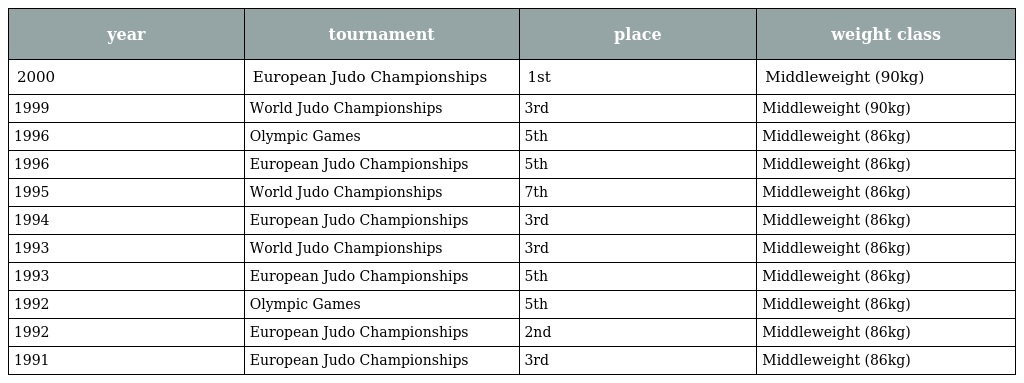
| year | tournament | place | weight class |
 | --- | --- | --- | --- |
 | 2000 | European Judo Championships | 1st | Middleweight (90kg) |
 | 1999 | World Judo Championships | 3rd | Middleweight (90kg) |
 | 1996 | Olympic Games | 5th | Middleweight (86kg) |
 | 1996 | European Judo Championships | 5th | Middleweight (86kg) |
 | 1995 | World Judo Championships | 7th | Middleweight (86kg) |
 | 1994 | European Judo Championships | 3rd | Middleweight (86kg) |
 | 1993 | World Judo Championships | 3rd | Middleweight (86kg) |
 | 1993 | European Judo Championships | 5th | Middleweight (86kg) |
 | 1992 | Olympic Games | 5th | Middleweight (86kg) |
 | 1992 | European Judo Championships | 2nd | Middleweight (86kg) |
 | 1991 | European Judo Championships | 3rd | Middleweight (86kg) |